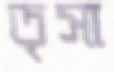
তৃসা